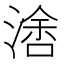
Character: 𰜭